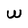
Character: W